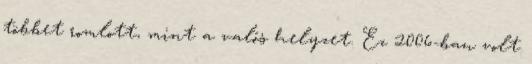
többet romlott, mint a valós helyzet. Ez 2006-ban volt